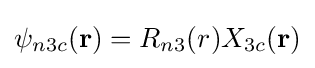
\psi _{n3c}(\mathbf {r} )=R_{n3}(r)X_{3c}(\mathbf {r} )